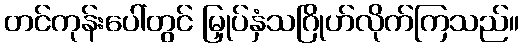
တင်ကုန်းပေါ်တွင် မြှုပ်နှံသဂြိုဟ်လိုက်ကြသည်။